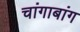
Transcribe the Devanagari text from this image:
चांगाबांग